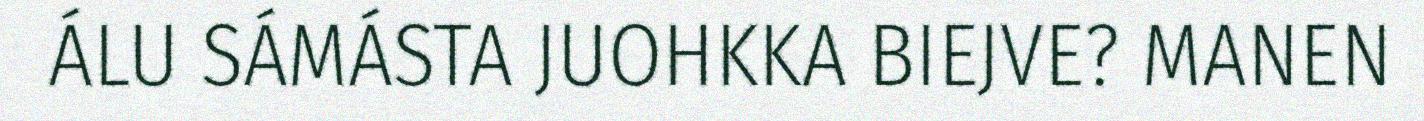
ÁLU SÁMÁSTA JUOHKKA BIEJVE? MANEN